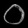
Digit: ၀